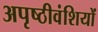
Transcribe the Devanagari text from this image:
अपृष्ठीवंशियों